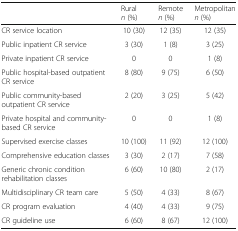
|  | Rural n (%) | Remote n (%) | Metropolitan n (%) |
 | --- | --- | --- | --- |
 | CR service location | 10 (30) | 12 (35) | 12 (35) |
 | Public inpatient CR service | 3 (30) | 1 (8) | 3 (25) |
 | Private inpatient CR service | 0 | 0 | 1 (8) |
 | Public hospital-based outpatient CR service | 8 (80) | 9 (75) | 6 (50) |
 | Public community-based outpatient CR service | 2 (20) | 3 (25) | 5 (42) |
 | Private hospital and community-based CR service | 0 | 0 | 1 (8) |
 | Supervised exercise classes | 10 (100) | 11 (92) | 12 (100) |
 | Comprehensive education classes | 3 (30) | 2 (17) | 7 (58) |
 | Generic chronic condition rehabilitation classes | 6 (60) | 10 (80) | 2 (17) |
 | Multidisciplinary CR team care | 5 (50) | 4 (33) | 8 (67) |
 | CR program evaluation | 4 (40) | 4 (33) | 9 (75) |
 | CR guideline use | 6 (60) | 8 (67) | 12 (100) |